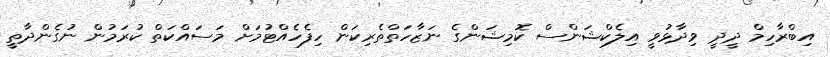
އިބްރާހިމް ދީދީ ވިދާޅުވީ އިލެކްޝަންސް ކޮމިޝަންގެ ނަޒާހަތްތެރިކަން ހިފެހެއްޓުމަށް މަސައްކަތް ކުރަމުން ނުގެންދާތީ